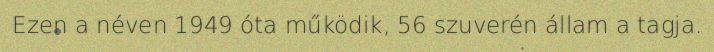
Ezen a néven 1949 óta működik, 56 szuverén állam a tagja.